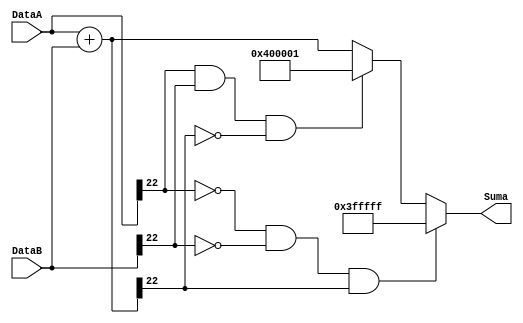
`timescale 1ns / 1ps
//////////////////////////////////////////////////////////////////////////////////
// Company: 
// Engineer: 
// 
// Design Name: 
// Module Name:    Sumador 
// Project Name: 
// Target Devices: 
// Tool versions: 
// Description: 
//
// Dependencies: 
//
// Revision: 
// Revision 0.01 - File Created
// Additional Comments: 
//
//////////////////////////////////////////////////////////////////////////////////
module Sumador #(parameter N=23)(

input wire signed[N-1:0] DataA, DataB,
output reg signed[N-1:0] Suma

    );

//Variable auxiliar, para guardar el resultado de la suma momentaneamente, 
//antes de verificar si se presenta underflow u overflow.
//Variables de saturacin mxima y mnima para el resultado de la suma,
//definicin de los valores de saturacin para underflow y overflow

reg signed [N-1:0] SumaParcial; 
reg [N-1:0] SatMax, SatMin;
reg [N:0] max, min;


//Se define la suma, as como los valores mximos y mnimos de saturacin
always @*
begin
	SumaParcial = DataA + DataB;
	max = (2**(N-1)-1);
	min = (2**(N-1)+1);
	SatMax = max[N-1:0];
	SatMin = min[N-1:0];
end

//Resultado de la suma para cada caso de saturacin
always @*
begin
	if (DataA[N-1] == 0 && DataB[N-1] == 0 && SumaParcial[N-1] == 1)//operandos positivos, resultado de suma negativo
		begin
			Suma = SatMax;
		end
		
	else if (DataA[N-1] == 1 && DataB[N-1] == 1 && SumaParcial[N-1] == 0)//operandos negativos, resultado de suma positivo
		begin
			Suma = SatMin;
		end
			
	else 
		Suma = SumaParcial;
end

endmodule